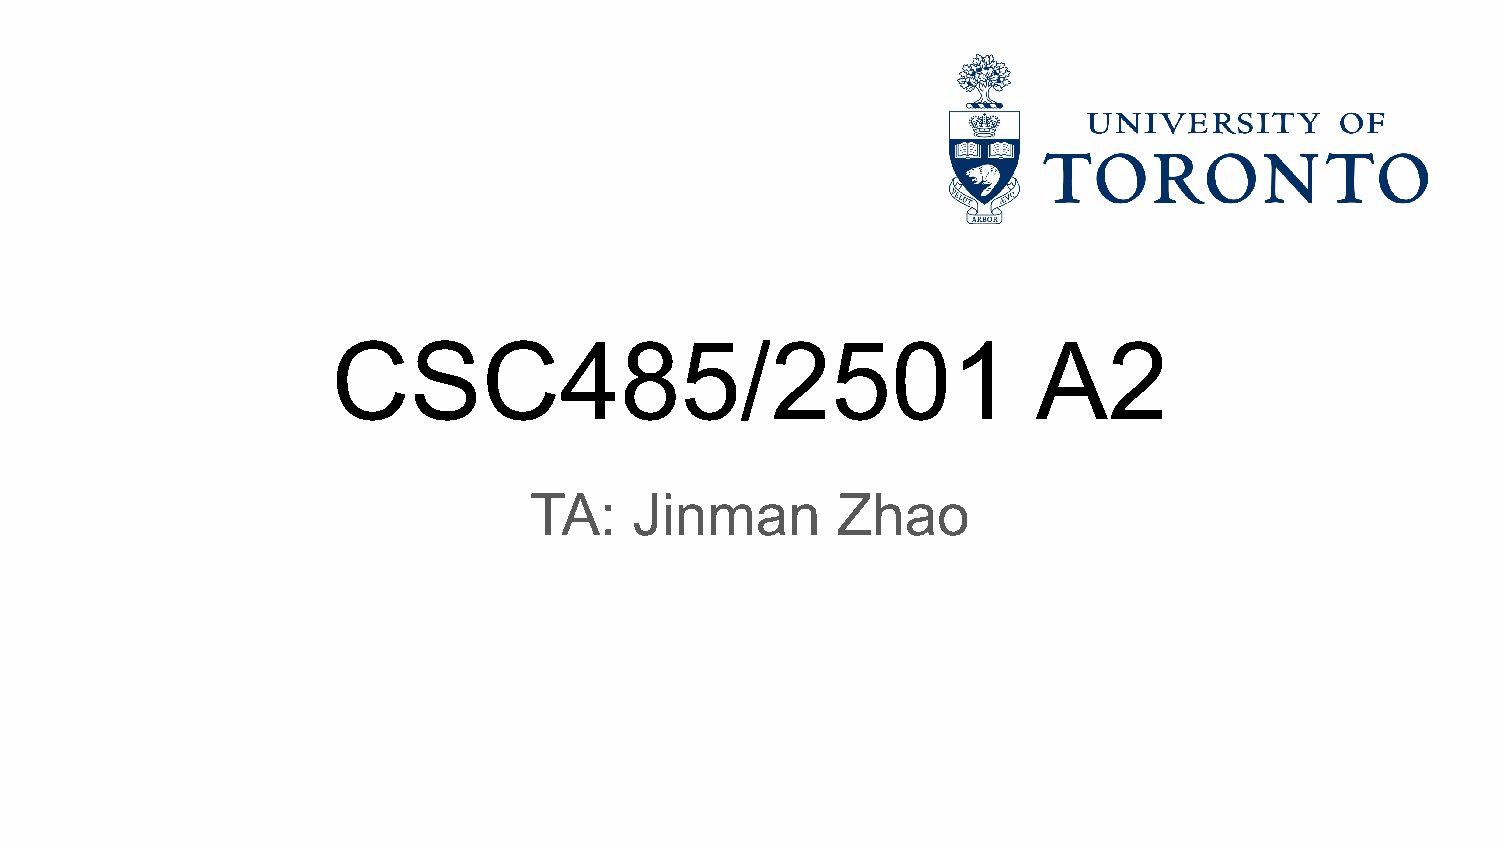
CSC485/2501                                    A2
 TA:    Jinman       Zhao